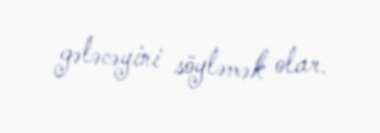
gələcəyini söyləmək olar.